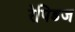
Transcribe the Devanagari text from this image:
रेपिडज